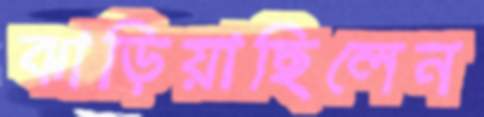
ঝাড়িয়াছিলেন